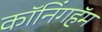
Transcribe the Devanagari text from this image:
कॉनिंगहॅम